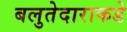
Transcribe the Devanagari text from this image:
बलुतेदाराकडे